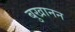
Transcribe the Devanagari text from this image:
बुखानन